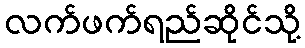
လက်ဖက်ရည်ဆိုင်သို့